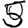
Digit: 5